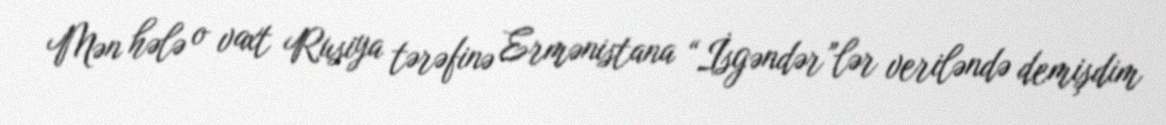
Mən hələ o vaxt Rusiya tərəfinə Ermənistana “İsgəndər”lər veriləndə demişdim